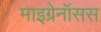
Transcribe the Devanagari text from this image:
माइग्रेनॉसस